Annual report on the working of the mental hospitals in the Madras Presidency - 1912-1932
Year: 1912
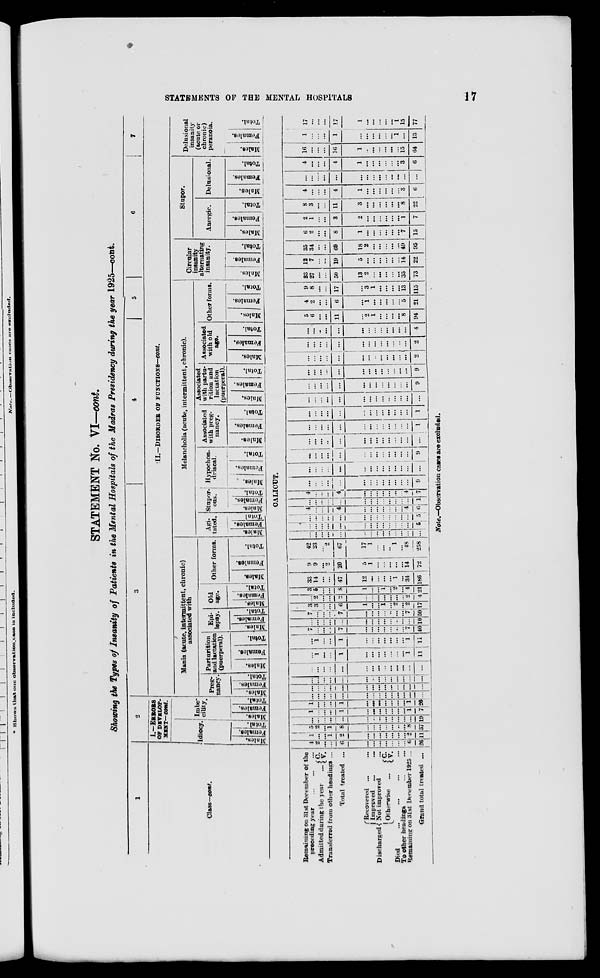
STATEMENTS OF THE MENTAL HOSPITALS
17
STATEMENT No. VI—cont.
Showing the Types of Insanity of Patients in the Mental Hospitals of the Madras Presidency during the year 1925—cont.
1
Class—cont.
Remaining on 31st December of the
preceding year
...
...
...
Admitted during the year ...
C.
V.
Transferred from other headings ...
Total treated ...
Discharged
Recovered ... ...
Improved ... ...
Not improved ...
Otherwise ...
C.
V.
Died
...
...
...
...
To other headings ... ...
Remaining on 31st December 1925 ...
Grand total treated ...
2
I.—ERRORS
OF DEVELOP-
MENT— cont.
Idiocy.
Males.
Females.
Total.
Males.
Imbe-
cility.
Females.
Total.
Males.
3
4
5
6
7
II.—DISORDER
OF
FUNCTIONS—cont.
Mania (acute, intermittent, chronic)
associated with
Preg-
nancy
Females.
Total.
Parturition
and lactation
(puerperal).
Males.
Females.
Total.
Epi-
lepsy.
Males.
Females.
Total.
Old
age.
Males.
Females.
Total.
Other forms.
Males.
Females.
Total.
Melancholia (acute, intermittent, chronic).
Agi-
tated.
Males.
Females.
Total.
Stupor
ous.
Males.
Females.
Total.
Hypochon-
driacal.
Males.
Females.
Total.
Associated
with preg-
nancy.
Males.
Females.
Total.
Associated
with partu-
rition and
lactation
(puerperal).
Males.
Females.
Total.
Associated
with old
age.
Males.
Females.
Total.
Other forms.
Males.
Females.
Total.
Circular
insanity
alternating
insanity.
Males.
Females.
Total.
Stupor.
Anergic.
Males.
Females.
Total.
Delusional.
Males.
Females.
Total.
Delusional
insanity
(acute or
chronic)
peranoia.
Males.
Females.
Total.
CALICUT.
4
2
...
...
6
...
...
...
...
...
...
...
6
26
1
...
...
1
2
...
...
...
...
...
...
...
2
11
5
2
...
1
8
...
...
...
...
...
...
...
8
37
...
...
...
...
...
...
...
...
...
...
...
...
...
19
1
...
...
...
1
...
...
...
...
...
...
...
1
7
1
...
...
1
...
...
...
...
...
...
...
1
26
...
...
...
...
...
...
...
...
...
...
...
...
...
...
...
...
...
...
...
...
...
...
...
...
...
...
...
...
...
...
...
...
...
...
...
...
...
...
...
...
...
...
...
...
...
...
...
...
...
...
...
...
...
...
...
...
...
1
...
...
1
...
...
...
...
...
...
...
1
11
...
1
...
...
1
...
...
...
...
...
...
...
1
11
7
...
...
...
7
...
...
...
..
..
...
...
7
40
...
...
...
...
...
...
...
..
..
...
...
...
...
10
7
...
...
...
7
...
...
...
...
...
...
...
7
50
3
3
...
...
6
1
...
...
1
...
2
...
2
17
...
2
...
...
2
...
...
...
...
...
...
2
4
3
6
...
...
8
1
...
...
1
2
...
4
21
33
14
...
...
47
12
...
...
...
...
1
...
34
186
9
9
...
2
20
5
1
...
...
...
...
...
14
72
42
23
...
2
67
17
1
...
...
...
1
...
48
258
...
...
...
...
...
...
...
...
...
...
...
...
...
...
...
...
...
...
...
...
...
...
...
...
...
...
...
...
...
...
...
...
...
...
...
...
...
...
...
...
...
5
4
...
...
...
4
...
...
...
...
...
...
...
4
6
...
...
...
...
...
...
...
...
...
...
...
...
...
1
4
...
...
...
4
...
...
...
...
...
...
...
4
7
...
...
...
...
...
...
...
...
...
...
...
...
9
...
...
...
...
...
...
...
...
...
...
...
...
...
...
...
...
...
...
...
...
...
...
...
...
...
...
...
9
...
...
...
...
...
...
...
...
...
...
...
...
...
...
...
...
...
...
...
...
...
...
...
...
...
...
...
1
...
...
...
...
...
...
...
...
...
...
...
...
...
1
...
...
...
...
...
...
...
...
...
...
...
...
...
...
...
...
...
...
...
...
...
...
...
...
...
...
...
9
...
...
...
...
...
...
...
...
...
...
...
...
...
9
...
...
...
...
...
...
...
...
...
...
...
...
...
2
...
...
...
...
...
...
...
...
...
...
...
...
...
2
...
...
...
...
...
...
...
...
...
...
...
...
...
4
5
6
...
...
11
...
2
1
...
...
...
...
8
94
4
2
...
...
6
...
1
...
...
...
...
...
5
21
9
8
...
...
17
...
3
1
...
...
...
...
13
115
23
27
...
...
50
13
2
...
...
...
...
...
35
73
12
7
...
...
19
5
...
...
...
...
...
...
14
22
35
34
...
...
69
18
2
...
...
...
...
...
49
95
6
2
...
...
8
1
...
...
...
...
...
...
7
15
2
1
...
...
3
2
...
...
...
...
...
...
1
7
8
3
...
11
3
...
...
...
...
...
...
8
22
4
...
...
...
4
1
...
...
...
...
...
...
3
6
...
...
...
...
...
...
...
...
...
...
...
...
...
...
4
...
...
...
4
1
...
...
...
...
...
...
3
6
16
...
...
...
16
1
...
...
...
...
...
...
15
64
1
...
...
...
1
...
...
...
...
...
...
1
...
13
17
...
...
...
17
1
...
...
...
...
...
1
15
77
Note.—Observation cases are excluded.